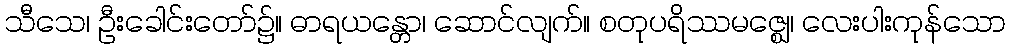
သီသေ၊ ဦးခေါင်းတော်၌။ ဓာရယန္တော၊ ဆောင်လျက်။ စတုပရိဿမဇ္ဈေ၊ လေးပါးကုန်သော